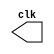
//`include "clock.v"

module clock ( clk );
 output clk;
 reg    clk;

 initial
  begin
   clk = 1'b0;
  end

 always
  begin
   #6 clk = ~clk;
  end
endmodule //endClock

module pulse ( signal, clock );
 input  clock;
 output signal;
 reg    signal;

 always @ ( clock )
  begin
        signal = 1'b0;
  #60   signal = 1'b1;
  #60   signal = 1'b0;
   end
endmodule //endPulse

module Exercicio04;

 wire  clock;
 clock clk ( clock );

 reg   p;

 wire  r;

 pulse   pulse1   ( r, clock );
 
 initial begin
   p = 1'b0;
 end

 initial begin
  $dumpfile ( "Exercicio04.vcd" );
  $dumpvars ( 1, clock, r);

  #060 p = 1'b1;
  #120 p = 1'b0;
  #180 p = 1'b1;
  #240 p = 1'b0;
  #300 p = 1'b1;
  #360 p = 1'b0;
  #376 $finish;
 end

endmodule //Exercicio04